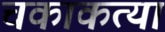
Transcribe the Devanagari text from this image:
चकाकत्या